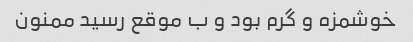
خوشمزه و گرم بود و ب موقع رسید ممنون